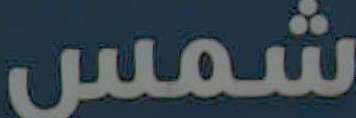
شمس